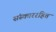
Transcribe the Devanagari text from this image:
संस्काररहित